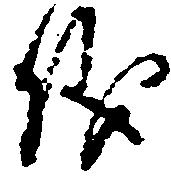
儀